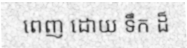
ពេញ ដោយ ទឹក ដ៏